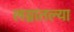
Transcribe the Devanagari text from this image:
लग्नातल्या